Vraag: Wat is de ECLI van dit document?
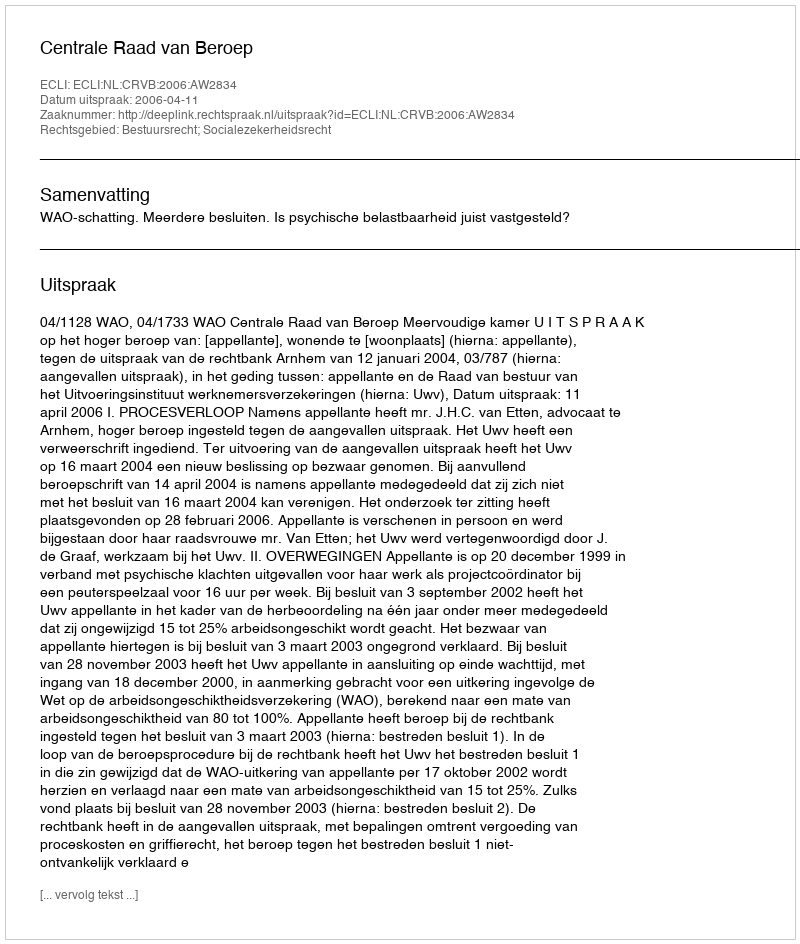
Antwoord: ECLI:NL:CRVB:2006:AW2834